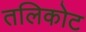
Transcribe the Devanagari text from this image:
तलिकोट